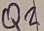
Text: Q2